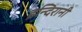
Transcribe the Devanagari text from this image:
इन्दिरानी